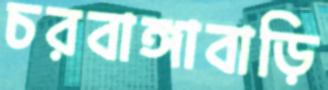
চরবাঙ্গাবাড়ি